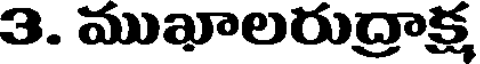
3. ముఖాలరుద్రాక్ష